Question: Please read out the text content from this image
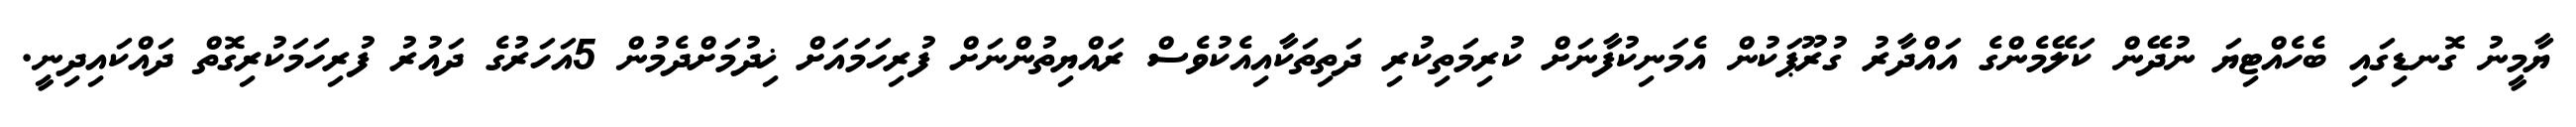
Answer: ޔާމީނު ގޮނޑިގައި ބެހެއްޓިޔަ ނުދޭން ކަލޭމެންގެ އައްދާރު ގުރޫޕަކުން އެމަނިކުފާނަށް ކުރިމަތިކުރި ދަތިތަކާއިއެކުވެސް ރައްޔިތުންނަށް ފުރިހަމައަށް ޚިދުމަށްދެމުން 5އަހަރުގެ ދައުރު ފުރިހަމަކުރިގޮތް ދައްކައިދިނީ.